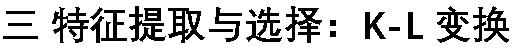
三 特征提取与选择: K-L 变换